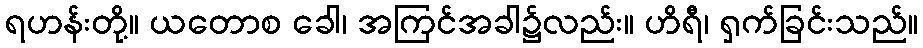
ရဟန်းတို့။ ယတောစ ခေါ၊ အကြင်အခါ၌လည်း။ ဟိရီ၊ ရှက်ခြင်းသည်။